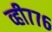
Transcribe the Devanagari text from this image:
व्ही७७६